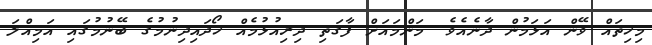
މިހިތައް ވޭން އަޅަމުން ދާނެއެވެ. މަންމައަށް ފާގަތި ދިރިއުޅުމެއް ހޯދައިދިނުމުގެ ބޭނުމުގައި އަމިއްލަ